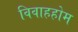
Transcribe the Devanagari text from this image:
विवाहहोम